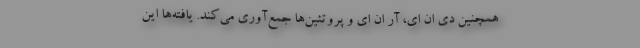
همچنین دی ان ای، آر ان ای و پروتئین‌ها جمع‌آوری می‌کند. یافته‌ها این